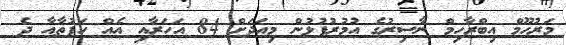
މަރުހޫމް އިބްރާހިމް ނާސިރުގެ އުމުރުފުޅުން މިއަދަށް 84 އަހަރާއި އެއް ހަފުތާއާ ދެ